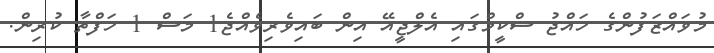
މުވައްޒަފުންގެ ހައްޖު ސްކީމްގައި އެލްޖީއޭ އިން ބައިވެރިވެއްޖެ1 މަސް 1 ހަފްތާ ކުރިން.